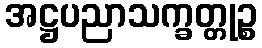
အဋ္ဌပညာသက္ခတ္တုဉ္စ